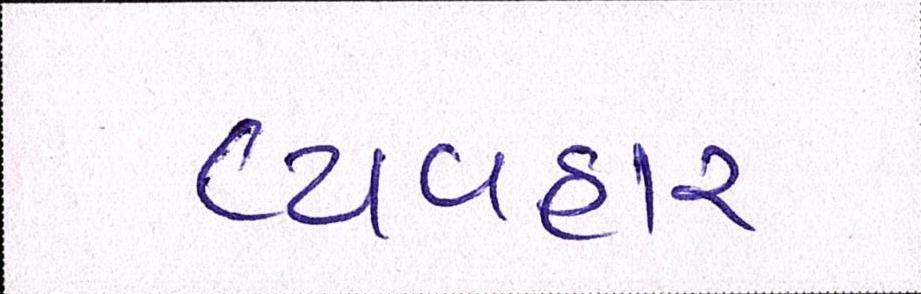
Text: વ્યવહાર